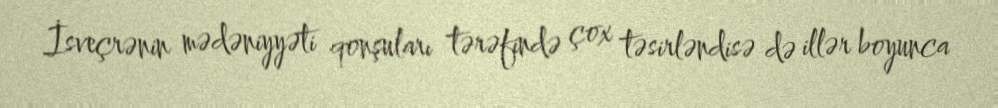
İsveçrənin mədəniyyəti qonşuları tərəfində çox təsirləndisə də illər boyunca